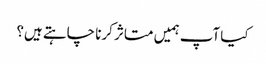
کیا آپ ہمیں متاثر کرنا چاہتے ہیں؟